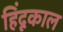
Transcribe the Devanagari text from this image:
हिंदूकाल